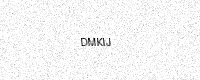
Text: DMKIJ